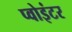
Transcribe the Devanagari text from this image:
प्वोइंटर